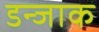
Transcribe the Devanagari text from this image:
डन्जाक